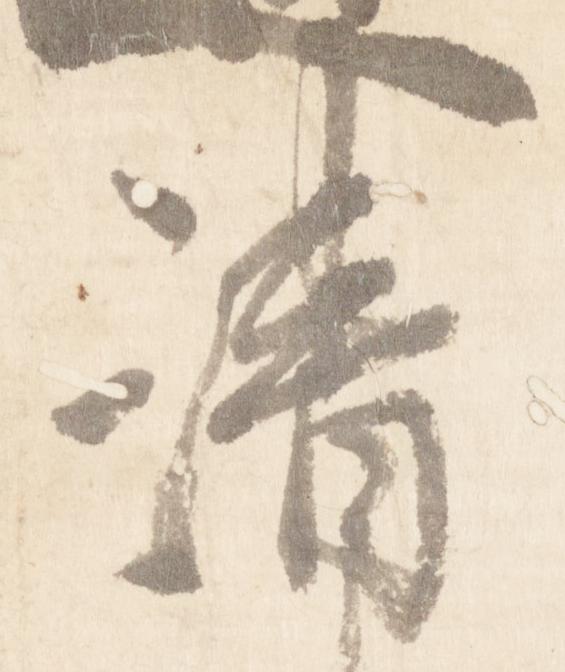
清